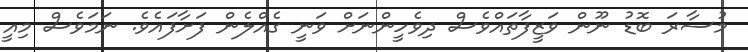
މުސާރަ ބޮޑު ނޫން ވަޒީފާތައްވެސް ދިވެހީންނަށް ވަނީ ގެއްލެން ފަށާފައެވެ. ނަމަަވެސް މިއީ